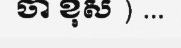
ចា ខុស ) ...